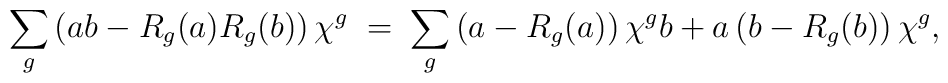
\sum_g \left( ab - R_g(a) R_g(b)\right) \chi^g \; = \; \sum_g\left(a- R_g(a)\right) \chi^g b + a \left(b  -R_g(b) \right) \chi^g,